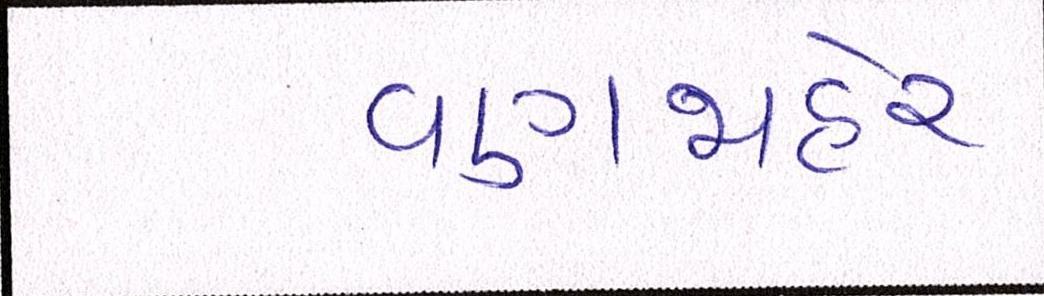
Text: વણજાહેર